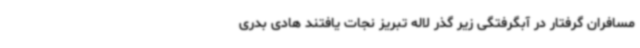
مسافران گرفتار در آبگرفتگی زیر گذر لاله تبریز نجات یافتند هادی بدری